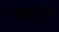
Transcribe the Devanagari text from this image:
भगवत्स्वरूप